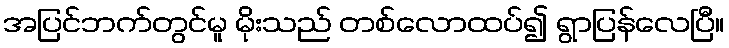
အပြင်ဘက်တွင်မူ မိုးသည် တစ်လောထပ်၍ ရွာပြန်လေပြီ။